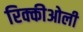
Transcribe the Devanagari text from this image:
रिक्कीओली